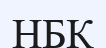
НБК